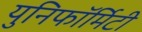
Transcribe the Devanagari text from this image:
युनिफॉर्मिटी